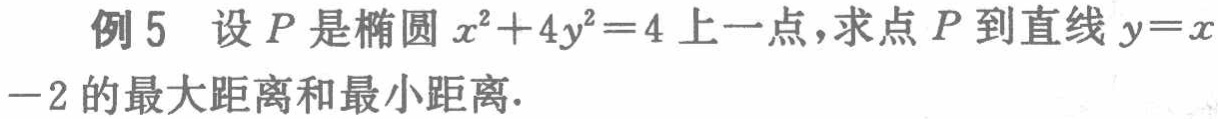
例 5 设 \(P\) 是椭圆 \(x^{2}+4y^{2}=4\) 上一点，求点 \(P\) 到直线 \(y = x - 2\) 的最大距离和最小距离.